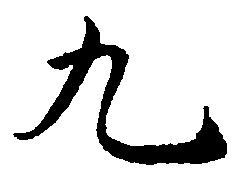
九